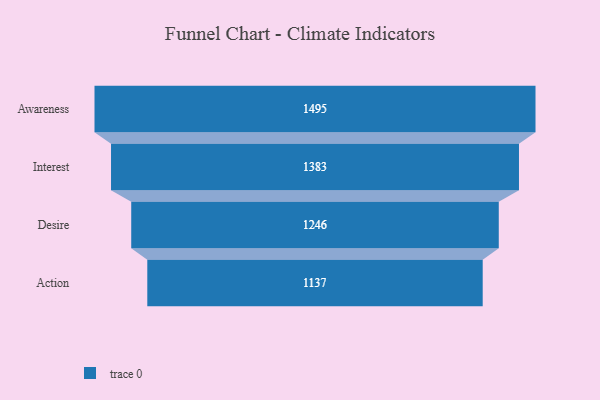
{"axis": {"x": "Stage", "y": "Value"}, "legend": [""], "data": [{"x": "Awareness", "y": 1495.0, "type": ""}, {"x": "Interest", "y": 1383.0, "type": ""}, {"x": "Desire", "y": 1246.0, "type": ""}, {"x": "Action", "y": 1137.0, "type": ""}]}